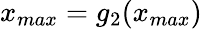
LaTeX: x_{max}=g_{2}(x_{max})